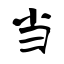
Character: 当